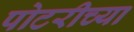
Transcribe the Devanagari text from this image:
पोटरीच्या